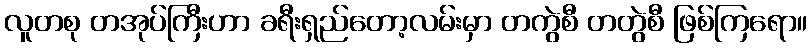
လူတစု တအုပ်ကြီးဟာ ခရီးရှည်တော့လမ်းမှာ တကွဲစီ တတွဲစီ ဖြစ်ကြရော။